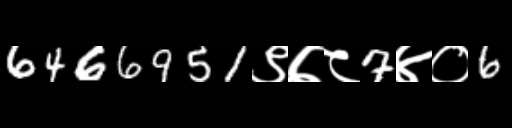
Text: 6466951९७८7४०6